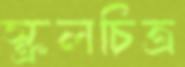
স্ক্রলচিত্র